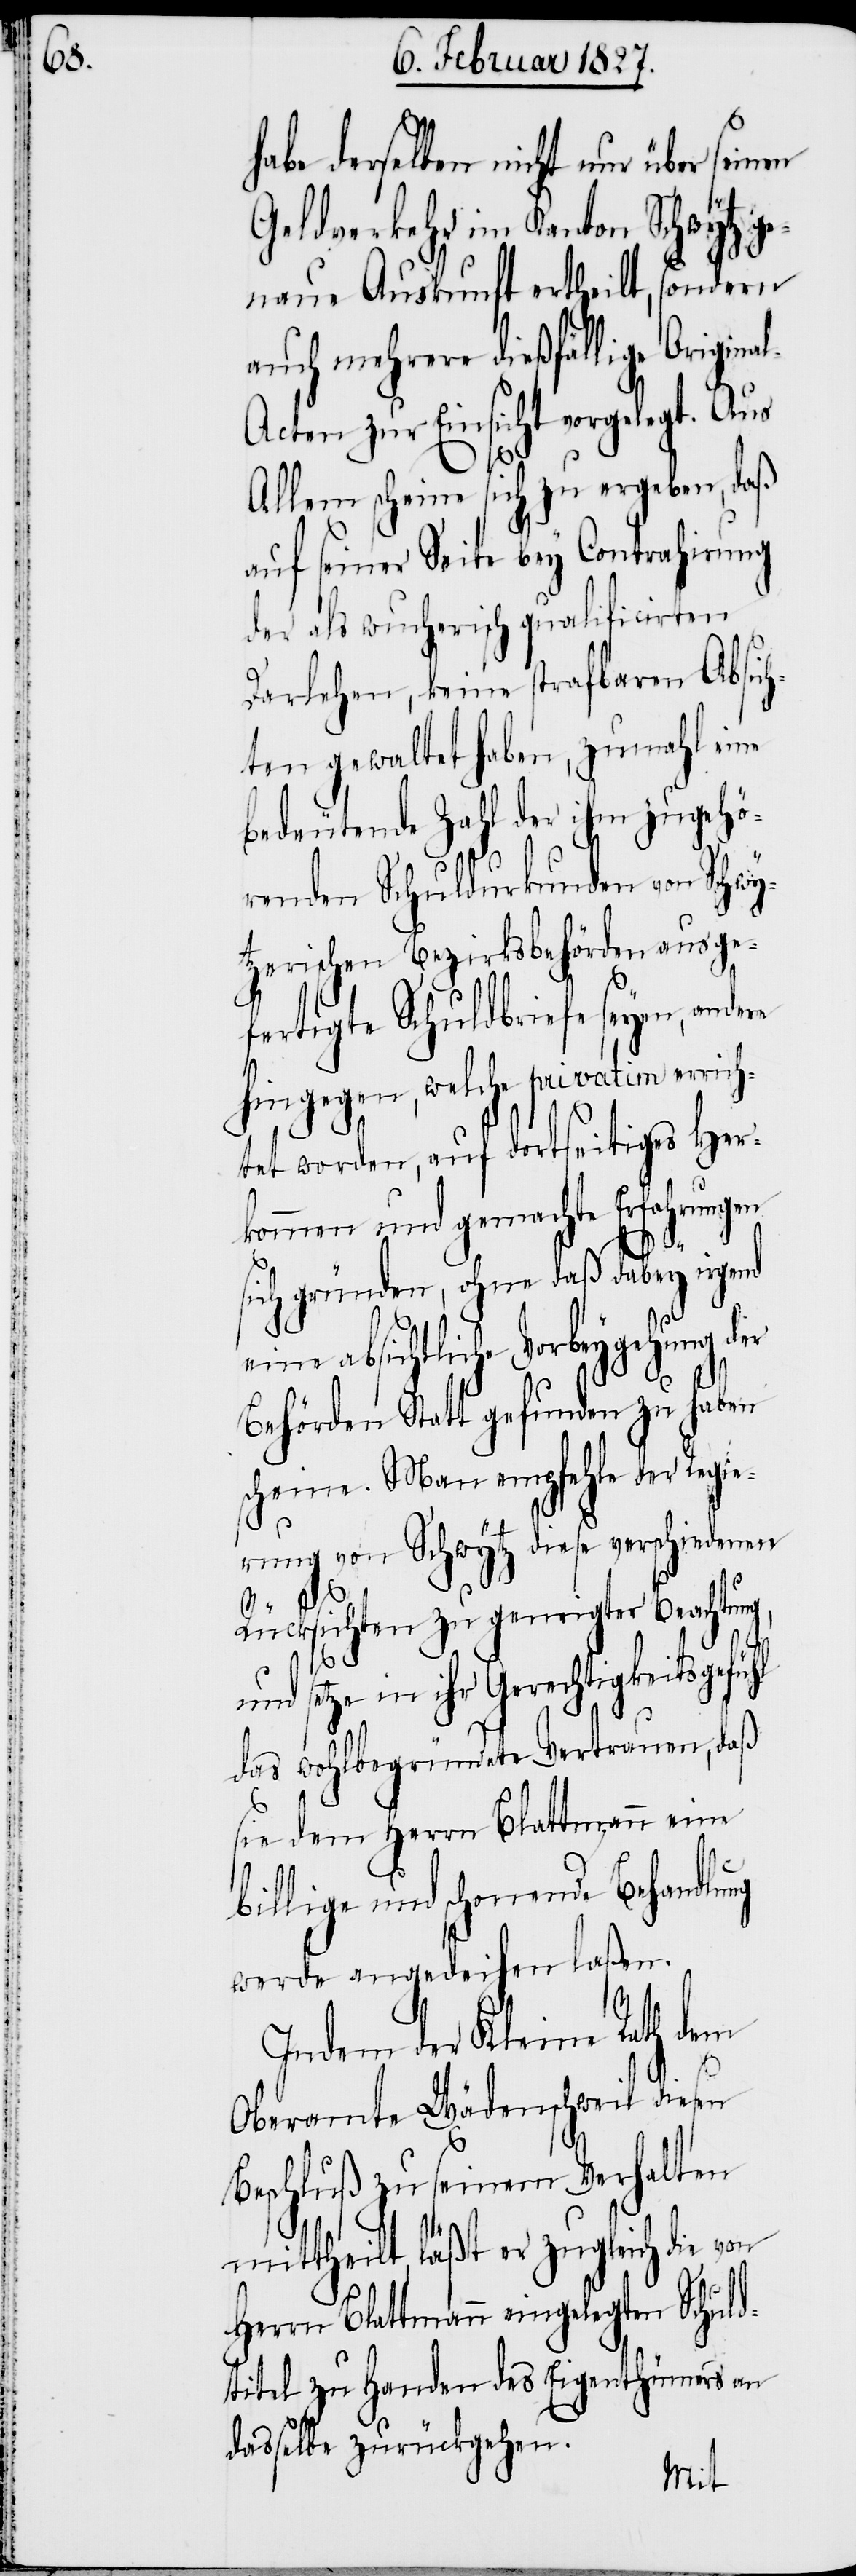
habe derselben nicht nur über seinen
Geldverkehr im Kanton Schwytz ge¬
naue Auskunft ertheilt, sondern
auch mehrere dießfällige Origina¬
l-Acten zur Einsicht vorgelegt. Aus
Allem scheine sich zu ergeben, daß
auf seiner Seite bey Contrahirung
der als wucherisch qualificirten
Darlehen, keine strafbaren Absich¬
ten gewaltet haben, zumahl eine
bedeutende Zahl der ihm zugehör¬
tzerischen Bezirksbehörden ausge¬
fertigte Schuldbriefe seyen, ande¬
hingegen, welche privatim errich¬
tet worden, auf dortseitiges Her¬
kommen und gemachte Erfahrungen
sich gründen, ohne daß dabey irgend
absichtliche Vorbeygehung der
Behörden Statt gefunden zu haben
scheine. Man empfehle der Regie¬
rung von Schwytz diese verschiedenen
Rücksichten zu geneigter Beachtung,
und setze in ihr Gerechtigkeitsgefühl
das wohlbegründete Vertrauen, daß
sie dem Herrn Blattmann eine
billige und schonende Behandlung
werde angedeihen laßen.
Indem der Kleine Rath dem
Oberamte Wädenschweil diesen
Beschluß zu seinem Verhalten
mittheilt, läßt er zugleich die von
re
Herrn Blattmann eingelegten Schuld¬
titel zu Handen des Eigenthümers an
dasselbe zurückgehen.